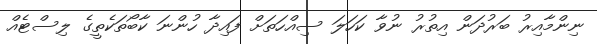
ނިންމާއިރު ބަރުދަން އިތުރު ނުވާ ކަހަލަ ސިއްހަތަށް ފައިދާ ހުންނަ ކާބޯތަކެތީގެ ލިސްޓެއް